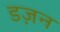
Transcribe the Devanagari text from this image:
डज़न